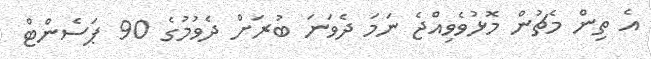
އެ ތިން މެޗުން މޮޅުވެވިއްޖެ ނަމަ ދެވަނަ ބުރަށް ދެވުމުގެ 90 ޕަސެންޓް